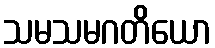
သမသမဂတိယော